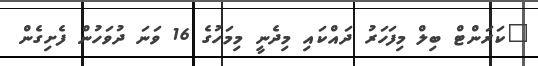
"ކަރަންޓް ބިލް މިފަހަރު ދައްކައި މިދެނީ މިމަހުގެ 16 ވަނަ ދުވަހުން ފެށިގެން